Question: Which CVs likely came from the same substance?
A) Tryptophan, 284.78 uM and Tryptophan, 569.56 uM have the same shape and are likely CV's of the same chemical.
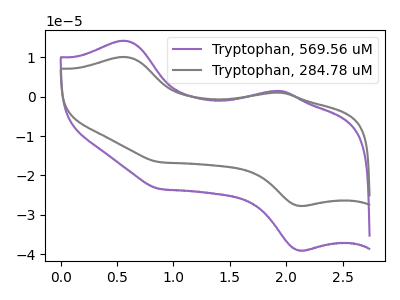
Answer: <think>The purple curve "Tryptophan, 569.56 uM" has anodic peaks at (0.55V, 14.15uA) (1.95V, 1.45uA) and cathodic peaks at (2.10V, -39.00uA) (0.90V, -23.40uA). The gray curve "Tryptophan, 284.78 uM" has anodic peaks at (0.55V, 10.05uA) (1.95V, 1.05uA) and cathodic peaks at (2.10V, -27.70uA) (0.90V, -16.60uA).
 All the peaks in "Tryptophan, 569.56 uM" have a peak in "Tryptophan, 284.78 uM" at the same potential. Every peak in "Tryptophan, 569.56 uM" is higher than every peak in "Tryptophan, 284.78 uM".</think>
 <answer>A) "Tryptophan, 284.78 uM" and "Tryptophan, 569.56 uM" have the same shape and are likely CV's of the same chemical.</answer>
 <eval>A</eval>